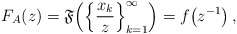
\begin{align*}F_{A}(z)=\mathfrak{F}\!\left(\left\{ \frac{x_{k}}{z}\right\} _{k=1}^{\infty}\right)=f\!\left(z^{-1}\right),\end{align*}